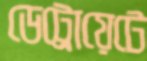
ডেট্রোয়েটে